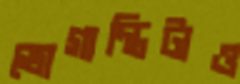
ভোগান্তিটাও